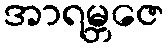
အာရမ္ဘဇေ